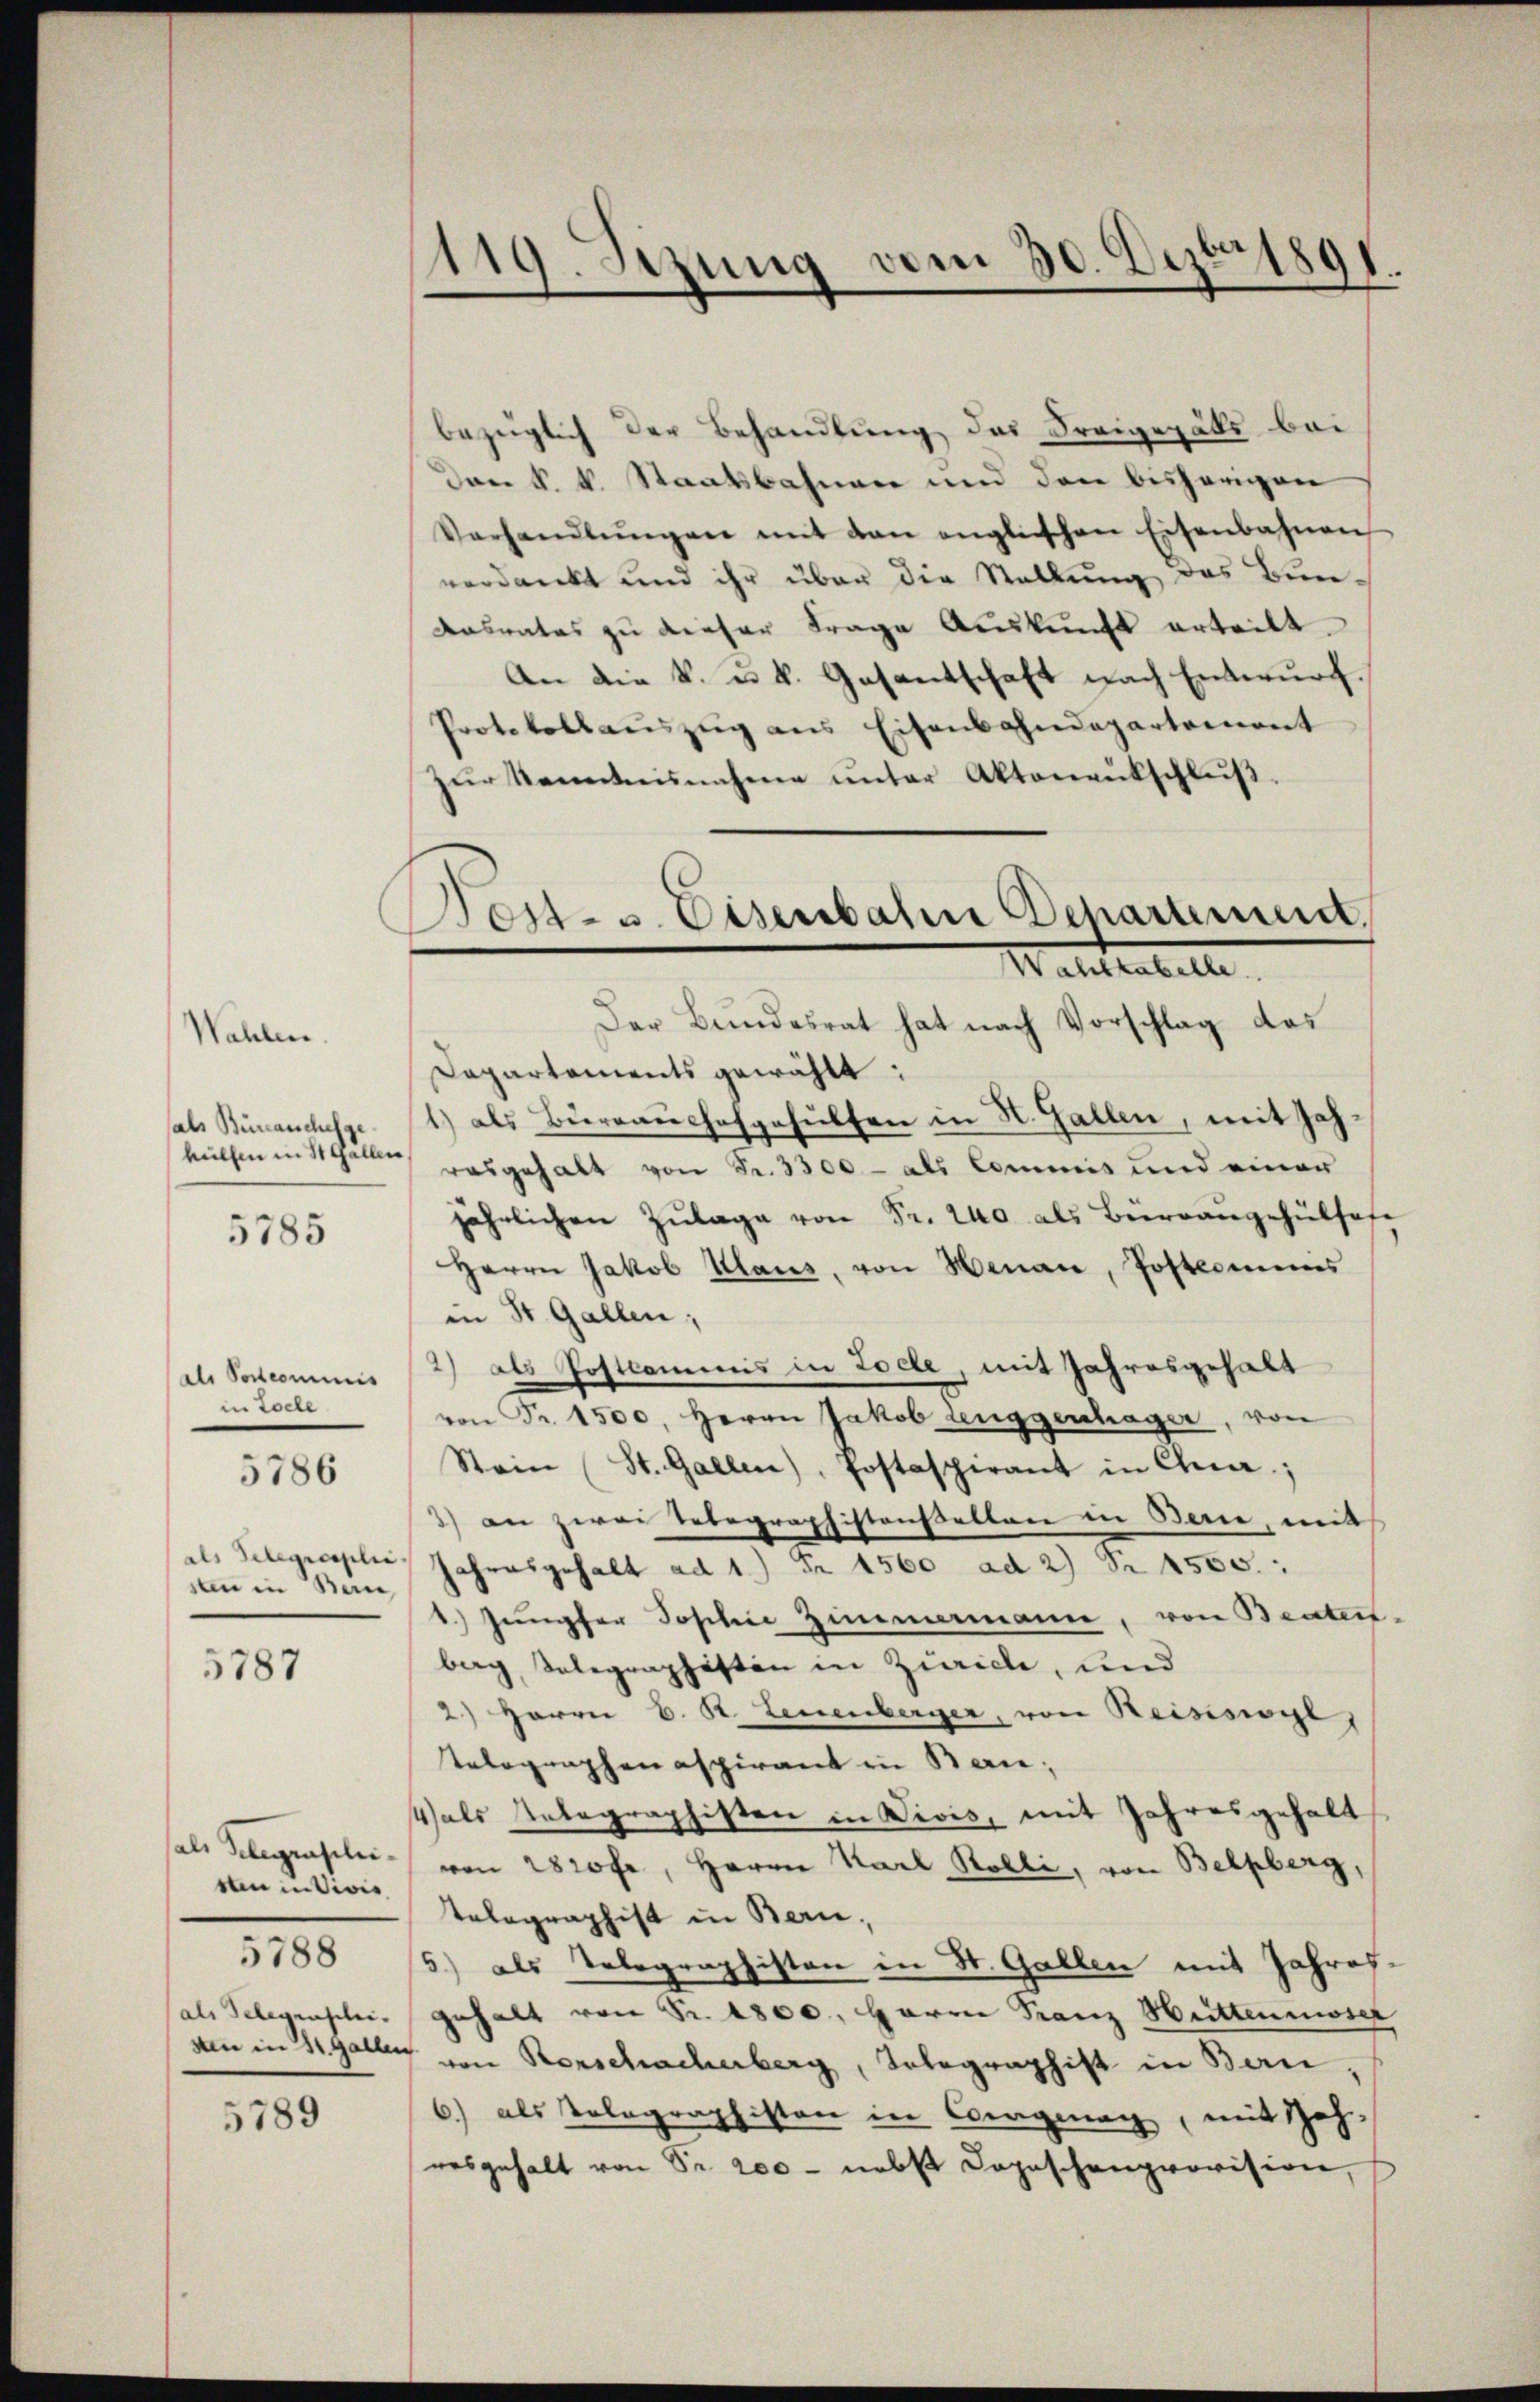
Wahlen.
als Bürcanschefge
hülfen in St. Gallen,
5785

als Postcommis
in Loche

5786

als Telegraplie
sten in Berne
5787

als Telegenscheiten in Vivis
5788
(als Telegenschei¬

5789

119. Sizung vom 30. Dezbr 1891.

Post- u. Eisenbahn Separtement
Wahlkabelle.

bezüglich der Behandlung das Freigezäls bei
Dem k. k. Staatsbahnen und den bisherigen
Verhandlŭngen mit den englischen Eisenbahnen
verdankt und ihr über die Stellung des Bun¬
Ansrates zu dieser Frage Auskunft erteilt.
An die k. u. k. Gasantschaft nach Entwurf.
Protokollauszug aus Eisenbahndepartement
zŭr Kenntnisnahme unter Aktenentschluß.
Der Bundesrat hat nach Vorschlag das
Dapartements gewählt:
1) als Bureaushofgehülfen in H. Gallen, mit Jahrasgehalt von Fr. 3300 - als Commis und einer
jährlichen Zulage von Fr. 240 als Birrangehülhofe
Herrn Jakob Klaus, von Hanau, Postamens
in St. Gallen;
2) als Postkommnis in Lode, mit Jahresgehalt
von Fr. 1500. Herrn Jakob Leuggenhäger, von
Stein (St. Gallen), Postaspirant in Cha.;
3) an zwei Telegraphistenselten in Bern, mit
Jahresgehalt ad 1.) Fr. 1560 ad 2) Fr. 1555.
1. Jungfer Sophie Zimmermann, von Braten.
barg, Telegraphisten in Zürich, und
2) Herrn C. R. Leuenberger, von Reisiswyl,
Telographenaspirant in Ban
4 als Untegraphisten in Divis, mit Jahresgehalt
von 2800 fr, Herrn Karl Rölli, von Belpberg,
Telegraphist in Bern,
5) als Telegraphisten in St. Gallen mit Jahresgehalt von Fr. 1800. Herrn Franz Hüttenmoser
den in Galler von Rorschacherberg, Telegraphist in Bern,
6) als Volographiston in Corgnay, mit Zah-
resgehalt von Sr. 200 - nebst Copischenprovision,